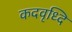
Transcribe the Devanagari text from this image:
कदवृध्दि